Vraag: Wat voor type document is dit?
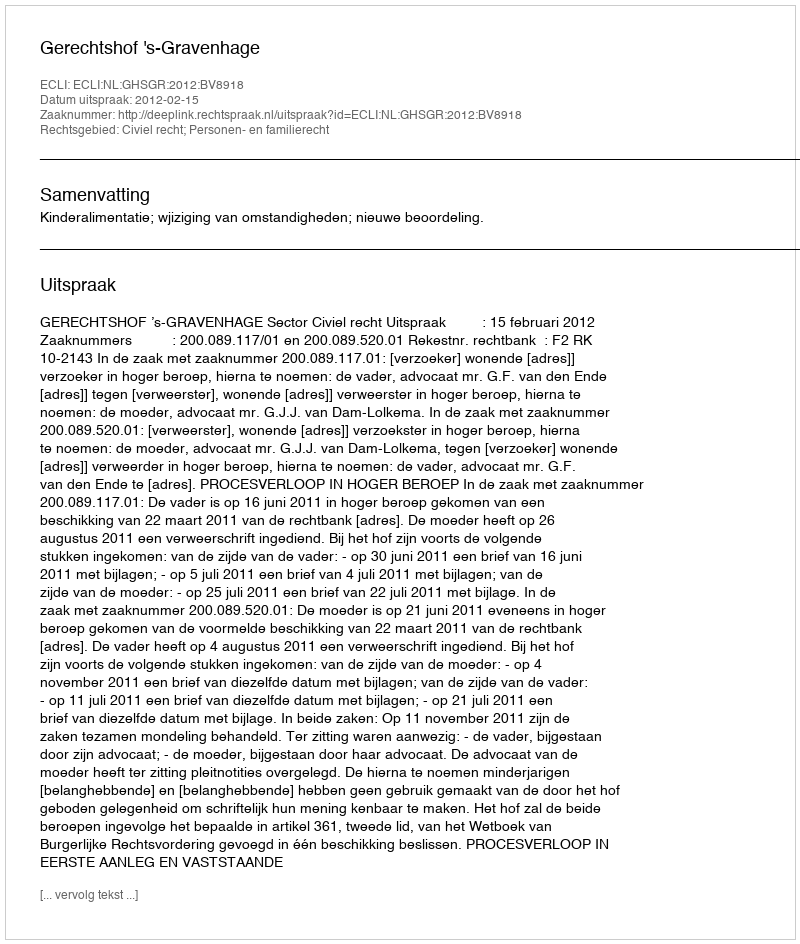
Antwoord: Uitspraak